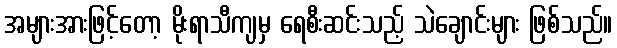
အများအားဖြင့်တော့ မိုးရာသီကျမှ ရေစီးဆင်းသည့် သဲချောင်းများ ဖြစ်သည်။